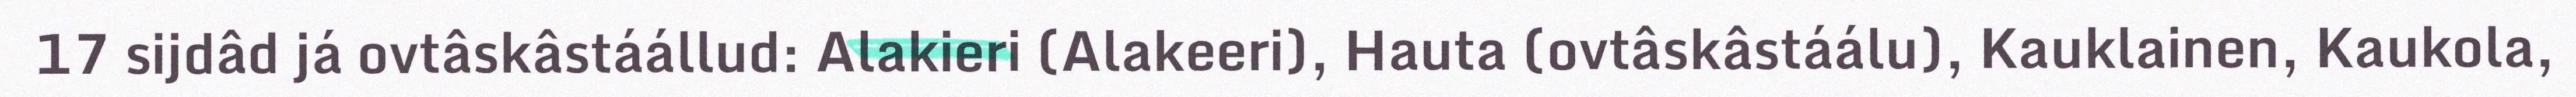
17 sijdâd já ovtâskâstáállud: Alakieri (Alakeeri), Hauta (ovtâskâstáálu), Kauklainen, Kaukola,